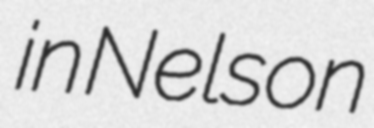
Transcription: in Nelson